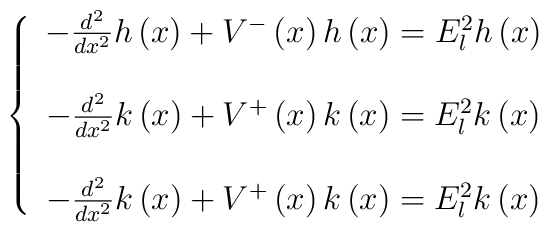
\left\{ \begin{array}{c}-\frac{d^2}{dx^2}h\left( x\right) +V^{-}\left( x\right) h\left( x\right)=E_l^2h\left( x\right) \\ \\ -\frac{d^2}{dx^2}k\left( x\right) +V^{+}\left( x\right) k\left( x\right)=E_l^2k\left( x\right) \\ \\ -\frac{d^2}{dx^2}k\left( x\right) +V^{+}\left( x\right) k\left( x\right)=E_l^2k\left( x\right)\end{array}\right.